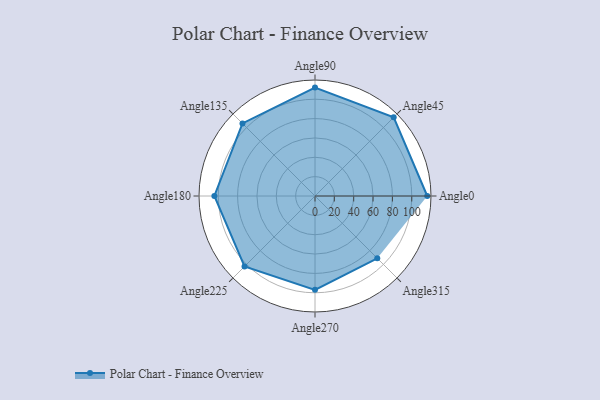
{"axis": {"x": "Angle", "y": "Radius"}, "legend": [""], "data": [{"x": "Angle0", "y": 116.0, "type": ""}, {"x": "Angle45", "y": 115.0, "type": ""}, {"x": "Angle90", "y": 112.0, "type": ""}, {"x": "Angle135", "y": 106.0, "type": ""}, {"x": "Angle180", "y": 104.0, "type": ""}, {"x": "Angle225", "y": 103.0, "type": ""}, {"x": "Angle270", "y": 97.0, "type": ""}, {"x": "Angle315", "y": 91.0, "type": ""}]}